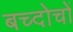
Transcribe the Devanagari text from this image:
बच्दोचों